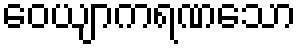
ဝေယျာကရဏသော